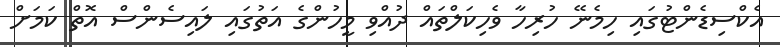
އެކްސިޑެންޓުގައި ހިމެނޭ ހުރިހާ ވެހިކަލްތައް ދުއްވި މީހުންގެ އަތުގައި ލައިސެންސް އޮތް ކަމަށް